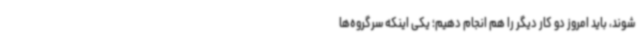
شوند، باید امروز دو کار دیگر را هم انجام دهیم؛ یکی اینکه سرگروه‌ها